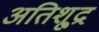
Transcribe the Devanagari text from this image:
अतिशू्द्र